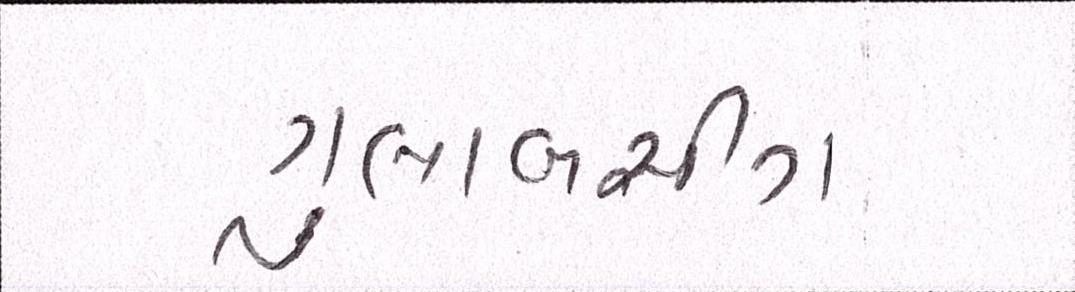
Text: ગુલાબસીંગ